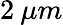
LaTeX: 2\: \mu m